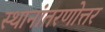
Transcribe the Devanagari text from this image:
स्थानांतरणोत्तर